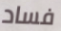
فساد